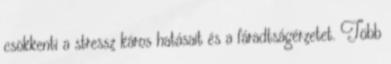
csökkenti a stressz káros hatásait és a fáradtságérzetet. Több